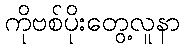
ကိုဗစ်ပိုးတွေ့လူနာ